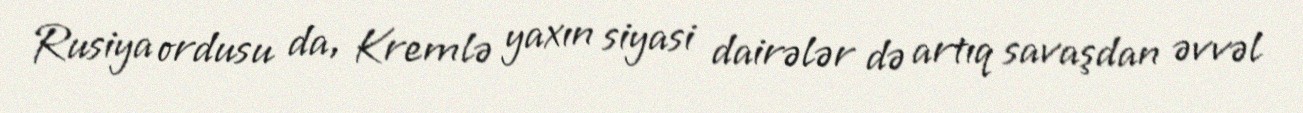
Rusiya ordusu da, Kremlə yaxın siyasi dairələr də artıq savaşdan əvvəl